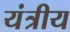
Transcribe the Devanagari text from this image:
यंत्रीय